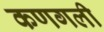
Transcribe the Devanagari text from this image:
कणगली